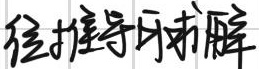
经推导可求解